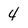
Character: 4